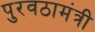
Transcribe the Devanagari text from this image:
पुरवठामंत्री